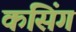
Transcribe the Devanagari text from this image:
कसिंग